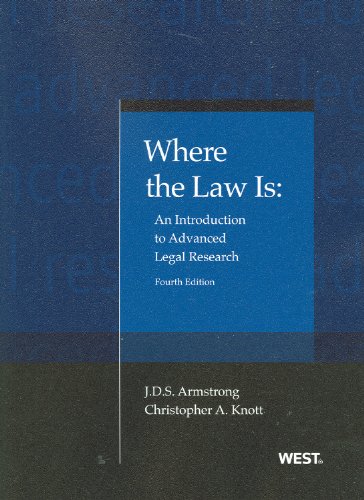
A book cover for Where the Law Is: An Introduction to Advanced Legal Research, 4th (American Casebook Series); J.D.S. Armstrong; Law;